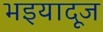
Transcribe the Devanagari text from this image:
भइयादूज